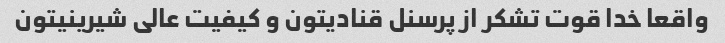
واقعا خدا قوت تشکر از پرسنل قنادیتون و کیفیت عالی شیرینیتون